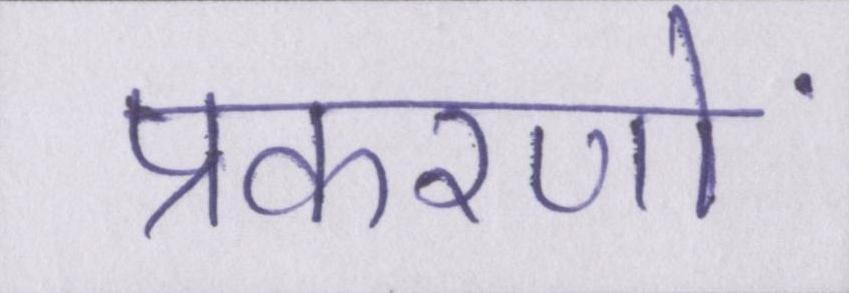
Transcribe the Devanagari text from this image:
प्रकरणों